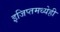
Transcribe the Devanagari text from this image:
इजिप्तमध्येही